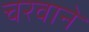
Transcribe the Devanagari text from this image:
चरवाने